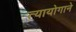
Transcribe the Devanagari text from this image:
त्यायोगाने